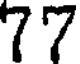
77